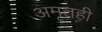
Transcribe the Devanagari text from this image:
अमृतही